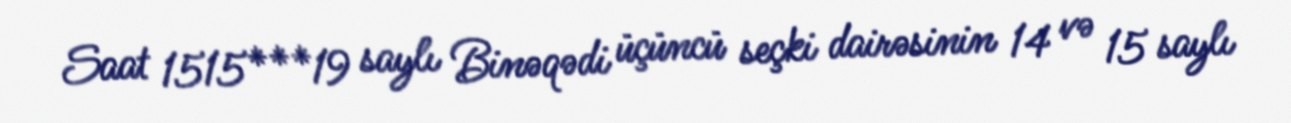
Saat 1515***19 saylı Binəqədi üçüncü seçki dairəsinin 14 və 15 saylı